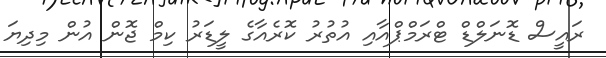
ރައީސް ޑޮނަލްޑް ޓްރަމްޕްއާއި އުތުރު ކޮރެއާގެ ލީޑަރު ކިމް ޖޮން އުން މިދިޔަ